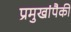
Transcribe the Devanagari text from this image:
प्रमुखांपैकी